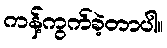
ကန့်ကွက်ခဲ့တာပါ။